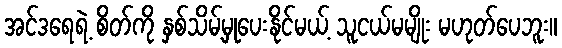
အင်ဒရေရဲ့ စိတ်ကို နှစ်သိမ့်မှုပေးနိုင်မယ့် သူငယ်မမျိုး မဟုတ်ပေဘူး။